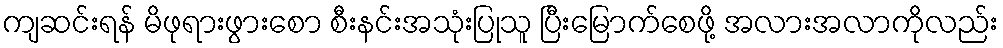
ကျဆင်းရန် မိဖုရားဖွားစော စီးနင်းအသုံးပြုသူ ပြီးမြောက်စေဖို့ အလားအလာကိုလည်း